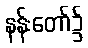
နန်းတော်၌